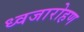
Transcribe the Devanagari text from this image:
ध्‍वजारोहण